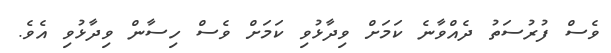
ވެސް ފުރުސަތު ދެއްވާނެ ކަމަށް ވިދާޅުވި ކަމަށް ވެސް ހިސާން ވިދާޅުވި އެވެ.